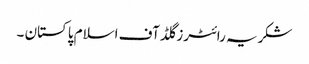
شکریہ رائٹرز گلڈ آف اسلام پاکستان ۔